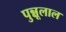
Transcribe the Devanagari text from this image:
पुन्नूलाल